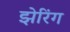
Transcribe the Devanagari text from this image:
झेरिंग